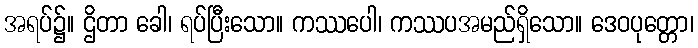
အရပ်၌။ ဌိတာ ခေါ၊ ရပ်ပြီးသော။ ကဿပေါ၊ ကဿပအမည်ရှိသော။ ဒေဝပုတ္တော၊